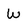
Character: w